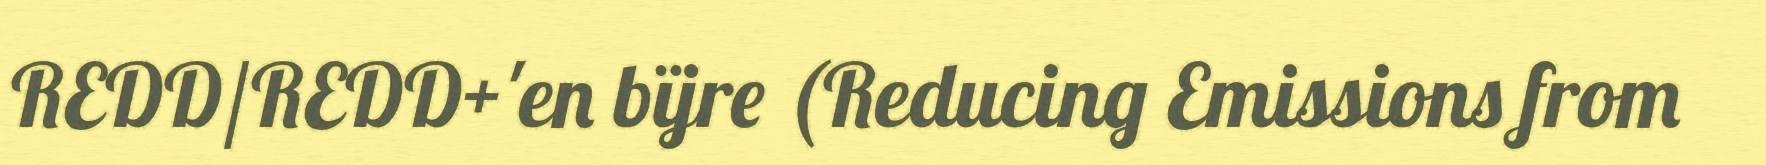
REDD/REDD+'en bïjre (Reducing Emissions from